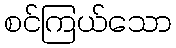
စင်ကြယ်သော